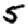
Digit: 5